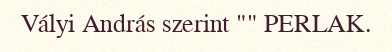
Vályi András szerint "" PERLAK.